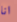
انا